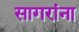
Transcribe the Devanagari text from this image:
सागरांना